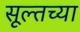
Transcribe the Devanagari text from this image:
सूल्तच्या